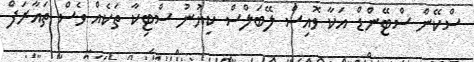
ސްކޭން ސްޓޭންޑް އަކާ ވޮއިސް ލޭބަލްސް ކިޔުނު ސްޓިކާ ތަކެއް ވެސް ތައާރަފް